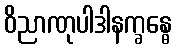
ဝိညာဏုပါဒါနက္ခန္ဓေ